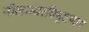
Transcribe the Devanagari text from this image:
नीलाम्बरविभूशणाय